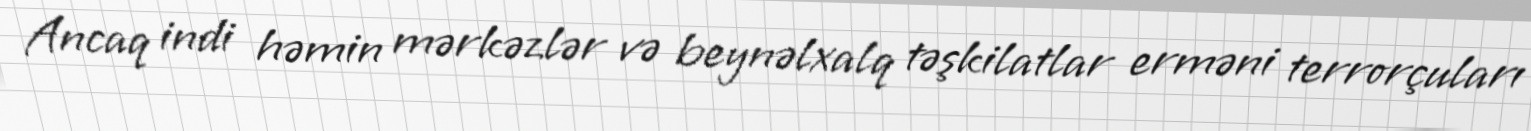
Ancaq indi həmin mərkəzlər və beynəlxalq təşkilatlar erməni terrorçuları